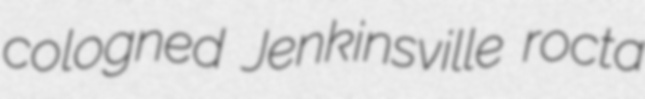
cologned Jenkinsville rocta